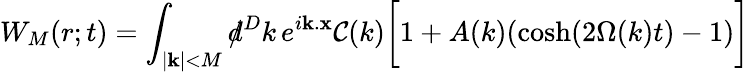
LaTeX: W_{M}(r;t)=\int_{|{\mathbf k}|<M}d\! \! \! /^{D}k\, e^{i{\mathbf k}.{\mathbf x}}{\cal C}(k)\biggl[1+A(k)(\cosh(2\Omega(k)t)-1)\biggr]